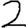
Digit: 2